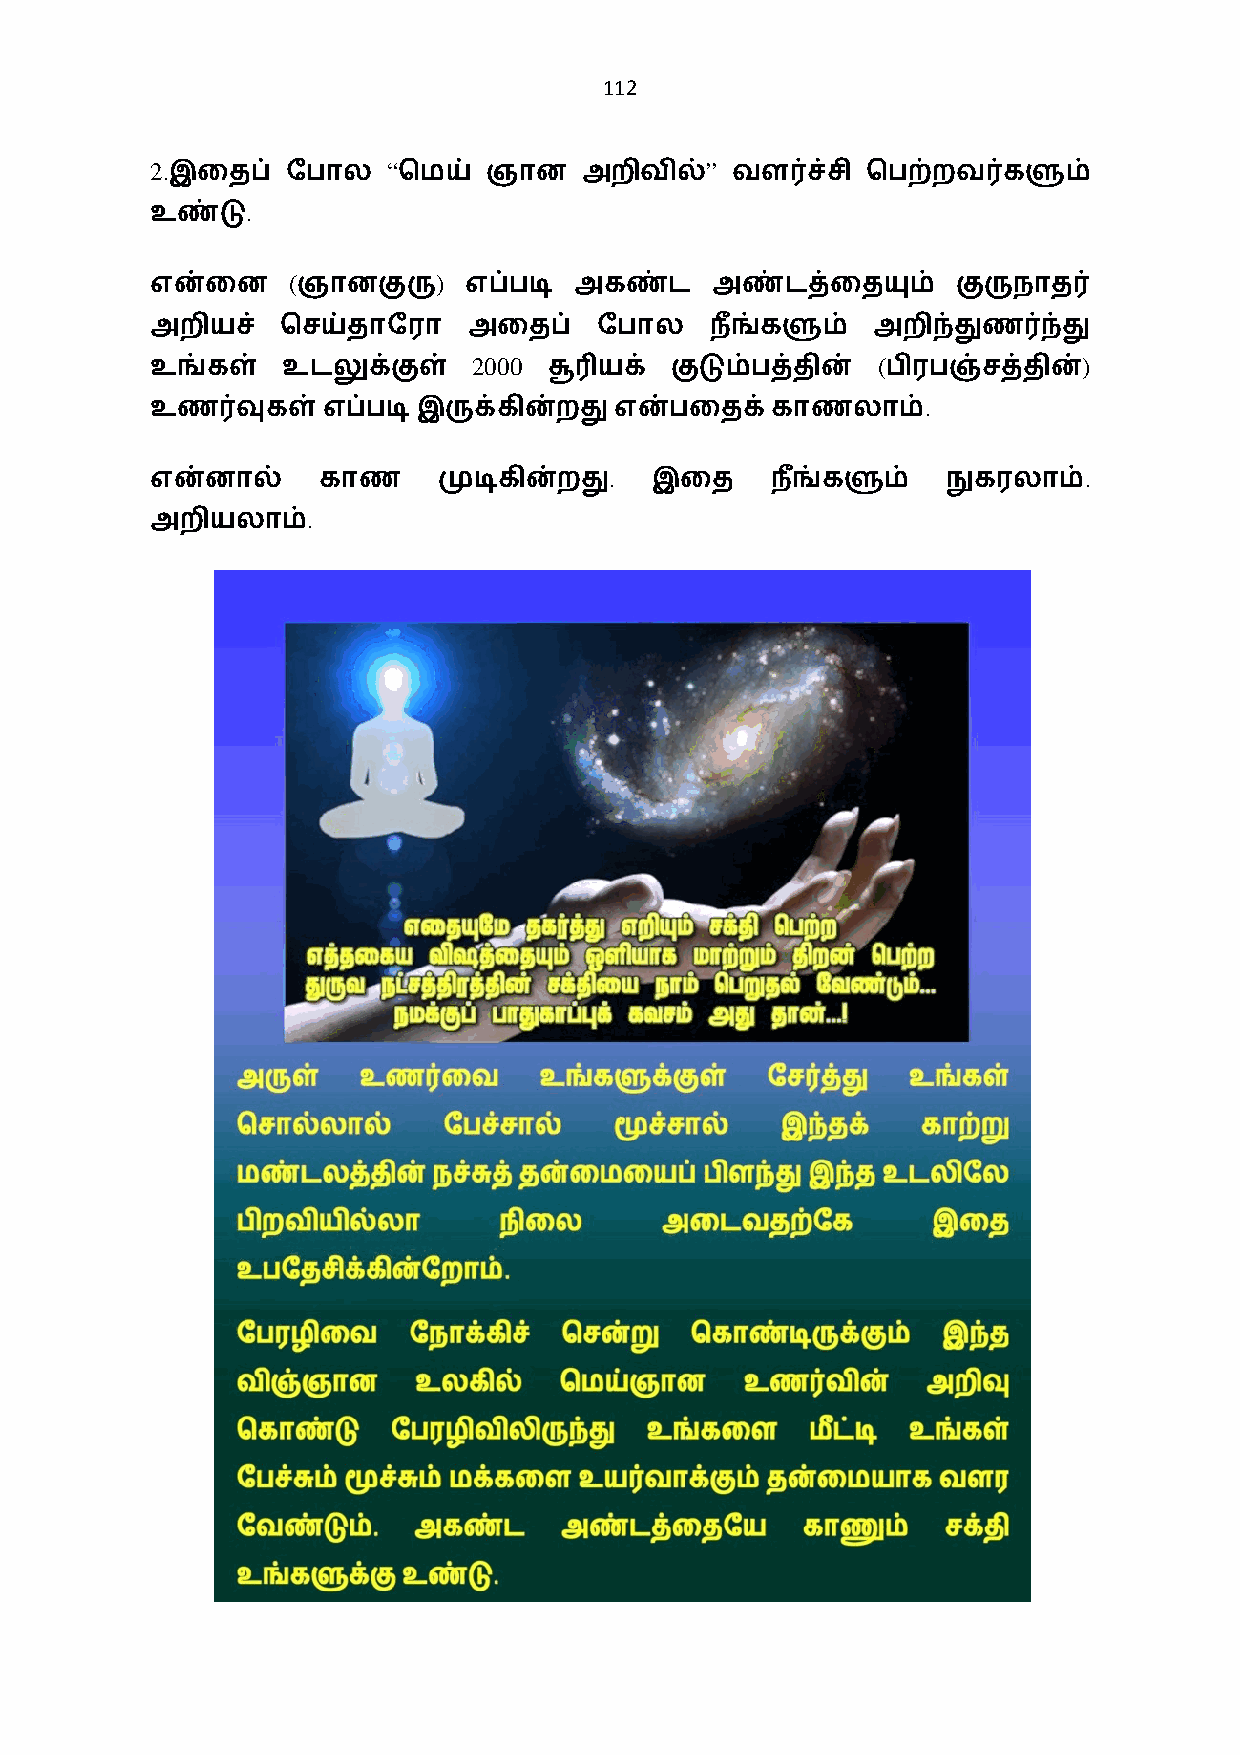
112
 2.              “                    ”
 இைதப்   ேபால   ெமய்  ஞான    அறிவில்  வள0ச்சி  ெபற்றவ0களும்
 .
 உண்டு
 (         )
 என்ைன     ஞானகுரு    எப்படி அகண்ட    அண்டத்ைதயும்    குருநாத0
 அறியச்   ெசய்தாேரா   அைதப்    ேபால   ந+ங்களும்  அறிந்துண0ந்து
 2000                       (             )
 உங்கள்   உடலுக்குள்       சூ3யக்  குடும்பத்தின்  பிரபஞ்சத்தின்
 .
 உண0வுகள்எப்படி    இருக்கின்றதுஎன்பைதக்காணலாம்
 .                               .
 என்னால்    காண     முடிகின்றது   இைத     ந+ங்களும்   நுகரலாம்
 .
 அறியலாம்